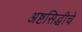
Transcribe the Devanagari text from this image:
अष्टसिद्धीचे